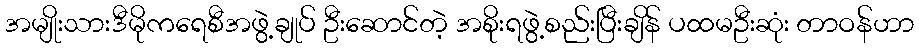
အမျိုးသားဒီမိုကရေစီအဖွဲ့ချုပ် ဦးဆောင်တဲ့ အစိုးရဖွဲ့စည်းပြီးချိန် ပထမဦးဆုံး တာဝန်ဟာ